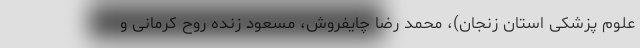
علوم پزشکی استان زنجان)، محمد رضا چایفروش، مسعود زنده روح کرمانی و